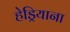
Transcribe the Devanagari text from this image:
हेड्रियाना